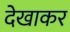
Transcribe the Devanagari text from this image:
देखाकर